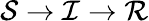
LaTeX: {\mathcal{S}}\rightarrow{\mathcal{I}}\rightarrow{\mathcal{R}}